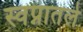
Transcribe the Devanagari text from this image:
स्वप्नातले